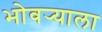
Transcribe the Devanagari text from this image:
भोवर्‍याला